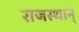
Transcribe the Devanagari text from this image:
राजस्थान्